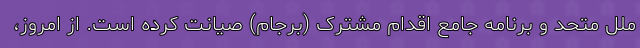
ملل متحد و برنامه جامع اقدام مشترک (برجام) صیانت کرده است. از امروز،